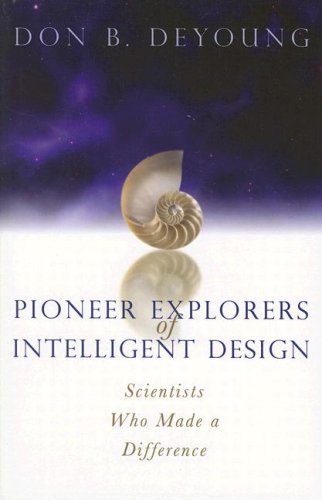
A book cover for Pioneer Explorers of Intelligent Design: Scientists Who Made a Difference; Donald B. DeYoung; Christian Books & Bibles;